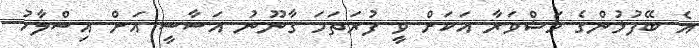
އެ ބޭފުޅުންގެ މަޝްވަރާ އަކަށް ވީ ފުރަތަމަ ގާނޫނު އަސާސީ އަށް އިސްލާހު